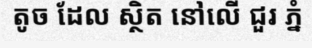
តូច ដែល ស្ថិត នៅលើ ជួរ ភ្នំ